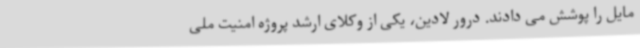
مایل را پوشش می دادند. درور لادین، یکی از وکلای ارشد پروژه امنیت ملی